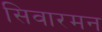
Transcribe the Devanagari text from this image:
सिवारमन